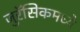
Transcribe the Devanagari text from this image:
जुरॅसिकमध्ये